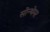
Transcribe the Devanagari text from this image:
सोन्थेमर